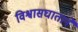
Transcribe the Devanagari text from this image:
विश्वासघातानें